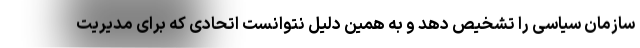
سازمان سیاسی را تشخیص دهد و به همین دلیل نتوانست اتحادی که برای مدیریت